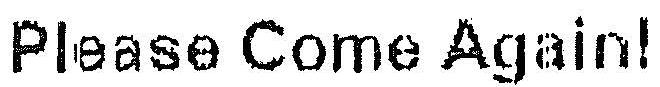
PLEASE COME AGAIN!